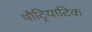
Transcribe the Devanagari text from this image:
पौट्रियाटिक